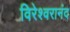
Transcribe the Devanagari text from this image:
विरेश्वरानंद